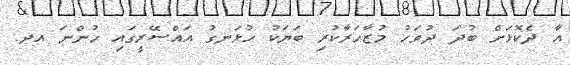
އާ ދެކޮޅަށް ބުދަ ދުވަހު މުޒާހަރާކުރި ބަޔަކު ހުޅަނގު އައްސޭރީގައި ހުންނަ އދ.